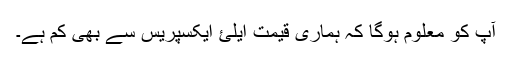
آپ کو معلوم ہوگا کہ ہماری قیمت ایلئ ایکسپریس سے بھی کم ہے۔